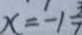
x = - 1 \frac { 3 } { 7 }